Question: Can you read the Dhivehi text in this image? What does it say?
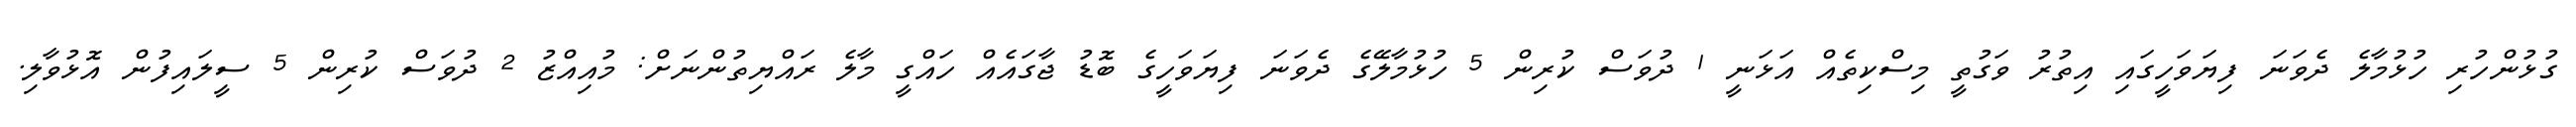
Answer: ގުޅުންހުރި ހުޅުމާލެ ދެވަނަ ފިޔަވަހީގައި އިތުރު ވަގުތީ މިސްކިތެއް އަޅަނީ 1 ދުވަސް ކުރިން 5 ހުޅުމާލޭގެ ދެވަނަ ފިޔަވަހީގެ ބޮޑު ޖާގައެއް ހައްގީ މާލެ ރައްޔިތުންނަށް: މުއިއްޒު 2 ދުވަސް ކުރިން 5 ސީލައިފުން އޮޅުވާލި.